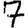
Digit: 7